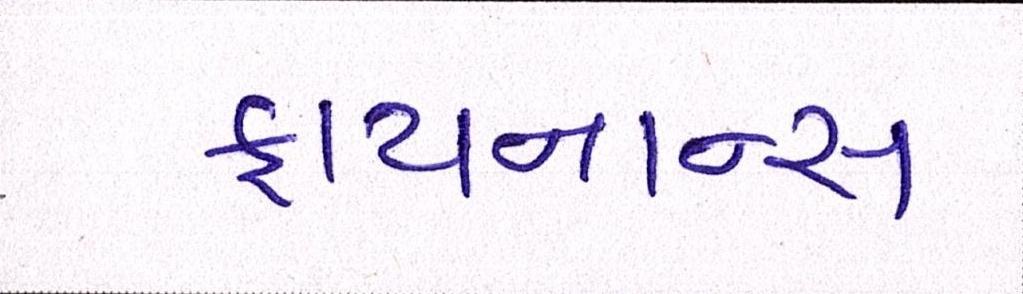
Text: ફાયનાન્સ